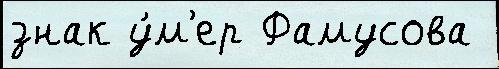
знак у́м'ер Фамусова